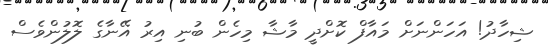
ޝިހާދު! އަހަންނަށް މައާފް ކޮށްދީ މާޝާ މިހެން ބުނި އިރު އޭނާގެ ލޮލުންވެސް